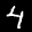
Label: 4